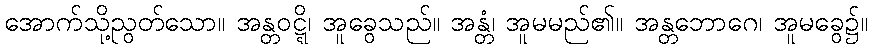
အောက်သို့ညွတ်သော။ အန္တဝဋ္ဋိ၊ အူခွေသည်။ အန္တံ၊ အူမမည်၏။ အန္တဘောဂေ၊ အူမခွေ၌။